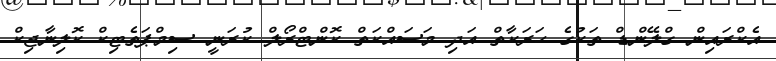
އެކްރައިން ގްލޭންޑް ތަކުގެ ހަރަކާތް އަދި މަސައްކަތް ކޮންޓްރޯލް ކުރަނީ ސިމްޕަތެޓިކް ކޮލިނާޖިކް